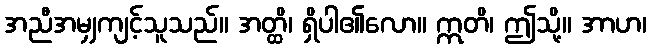
အညီအမျှကျင့်သူသည်။ အတ္ထိ၊ ရှိပါ၏လော။ ဣတိ၊ ဤသို့။ အာဟ၊